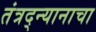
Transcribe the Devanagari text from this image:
तंत्रद्न्यानाचा